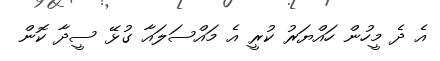
އެ ދެ މީހުން ހައްޔަރު ކުރީ އެ މައްސަލައާ ގުޅޭ ސީދާ ކޮން